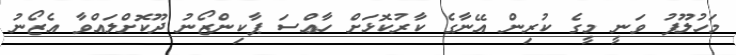
މަހުލޫފު ވަނީ މީގެ ކުރިން އޭނާގެ ކާރުކޮޅަށް ހާޢްސަ ޕާކިންޒޯނު ދޫކޮށްލައްވާ އެޒޯނު